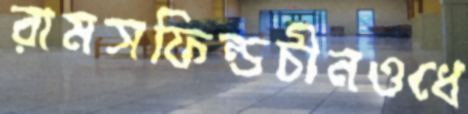
রামসফিল্ডচীনওধে